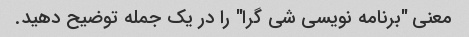
معنی "برنامه نویسی شی گرا" را در یک جمله توضیح دهید.